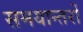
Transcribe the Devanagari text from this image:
समयान्तरों